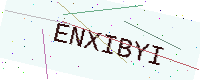
Text: ENXIBYI